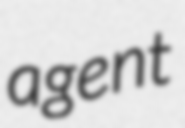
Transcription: agent